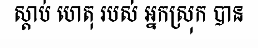
ស្តាប់ ហេតុ របស់ អ្នកស្រុក បាន